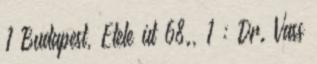
1 Budapest, Etele út 68., 1 : Dr. Vass